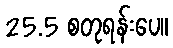
25.5 စတုရန်းပေ။